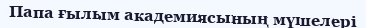
Папа ғылым академиясының мүшелері